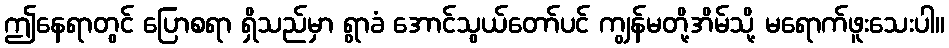
ဤနေရာတွင် ပြောစရာ ရှိသည်မှာ ရွာခံ အောင်သွယ်တော်ပင် ကျွန်မတို့အိမ်သို့ မရောက်ဖူးသေးပါ။